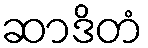
ဆာဒိတံ